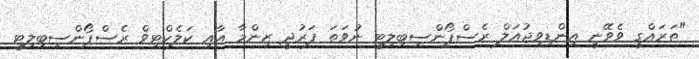
"ތަރައްގީ ވެވޭނީ އިންޑިވިޖުއަލް ރެސްޕޯންސިބިލިޓީ ނުވަތަ ފަރުދީ ޒިންމާ އާއި ކަލެކްޓިވް ރެސްޕޯންސިބިލިޓީ